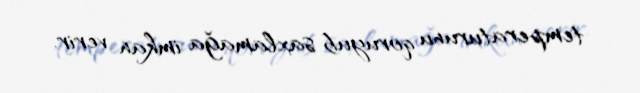
temperaturunu qoruyub saxlamağa imkan verir.